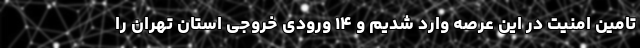
تامین امنیت در این عرصه وارد شدیم و ۱۴ ورودی خروجی استان تهران را